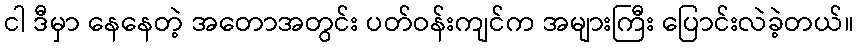
ငါ ဒီမှာ နေနေတဲ့ အတောအတွင်း ပတ်ဝန်းကျင်က အများကြီး ပြောင်းလဲခဲ့တယ်။